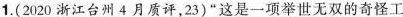
1.(2020浙江台州4月质评，23)”这是一项举世无双的奇怪工